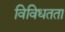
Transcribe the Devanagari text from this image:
विविधतता